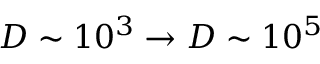
D \sim 1 0 ^ { 3 } \to D \sim 1 0 ^ { 5 }